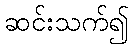
ဆင်းသက်၍